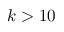
k > 1 0